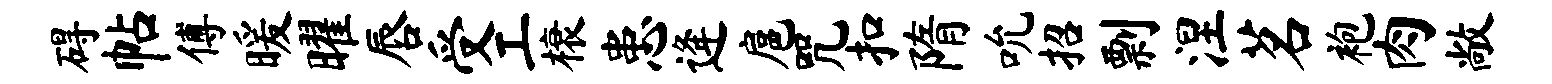
碍帖傅暖曜唇受工榱患逄扈咒扣隋吮招剽涅茗袍肉敞